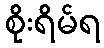
စိုးရိမ်ရ